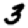
Digit: 3